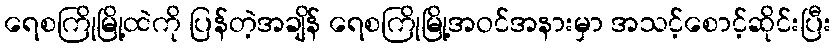
ရေစကြိုမြို့ထဲကို ပြန်တဲ့အချိန် ရေစကြိုမြို့အဝင်အနားမှာ အသင့်စောင့်ဆိုင်းပြီး